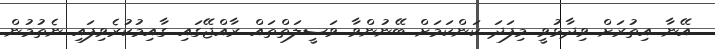
އޭނާ އިތުރަށް ވިދާޅުވީ މިފަދަ ކަންކަމަށް ބޭނުންވާ ވަސީލަތްތައް ރާއްޖޭގައި ގާއިމުކުރެވިފައި ނެތުމުން